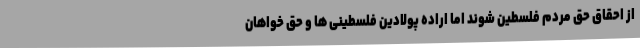
از احقاق حق مردم فلسطین شوند اما اراده پولادین فلسطینی ها و حق خواهان